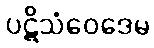
ပဋိသံဝေဒေမ